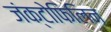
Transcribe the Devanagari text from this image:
जंक्टोफिलिन